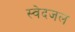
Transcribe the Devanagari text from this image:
स्वेदजल